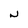
Character: N